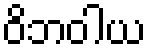
ဝိဘဝါယ